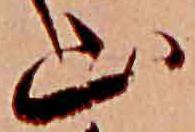
山